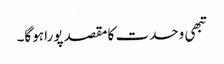
تبھی وحدت کا مقصد پورا ہوگا۔